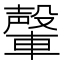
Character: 䡰